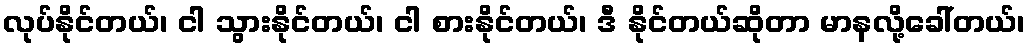
လုပ်နိုင်တယ်၊ ငါ သွားနိုင်တယ်၊ ငါ စားနိုင်တယ်၊ ဒီ နိုင်တယ်ဆိုတာ မာနလို့ခေါ်တယ်၊